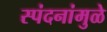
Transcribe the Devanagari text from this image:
स्पंदनांमुळे